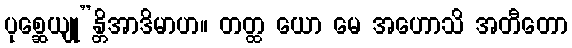
ပုစ္ဆေယျု”န္တိအာဒိမာဟ။ တတ္ထ ယော မေ အဟောသိ အတီတော